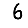
Digit: 6